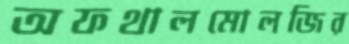
অফথালমোলজির